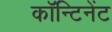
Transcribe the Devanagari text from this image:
कॉन्टिनेंट